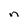
Character: n